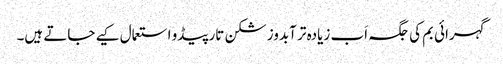
گہرائی بم کی جگہ اَب زیادہ تر آبدوز شکن تارپیڈو استعمال کیے جاتے ہیں۔